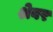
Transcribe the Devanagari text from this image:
श्रेबर